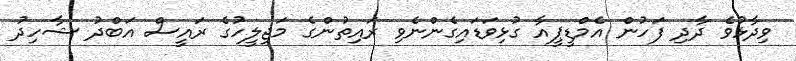
ވިދާޅުވެ ދާދި ފަހުން އެމްޑީޕީއާ ގުޅިވަޑައިގެންނެވި ރައިތުންގެ މަޖިލީހުގެ ރައީސް އަބްދު ޝާހިދު